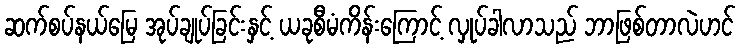
ဆက်စပ်နယ်မြေ အုပ်ချုပ်ခြင်းနှင့် ယခုစီမံကိန်းကြောင့် လှုပ်ခါလာသည် ဘာဖြစ်တာလဲဟင်